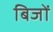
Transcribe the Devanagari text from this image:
बिजों